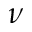
\nu